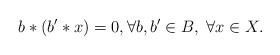
LaTeX: \begin{align*} b \ast (b' \ast x)=0, \forall b,b' \in B,\; \forall x \in X. \end{align*}